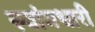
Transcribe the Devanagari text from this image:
स्वांगधारी